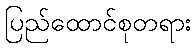
ပြည်ထောင်စုတရား